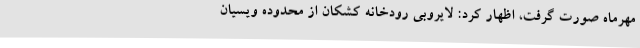
مهرماه صورت گرفت، اظهار کرد: لایروبی رودخانه کشکان از محدوده ویسیان